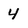
Character: 4